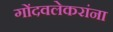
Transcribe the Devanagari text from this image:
गोंदवलेकरांना